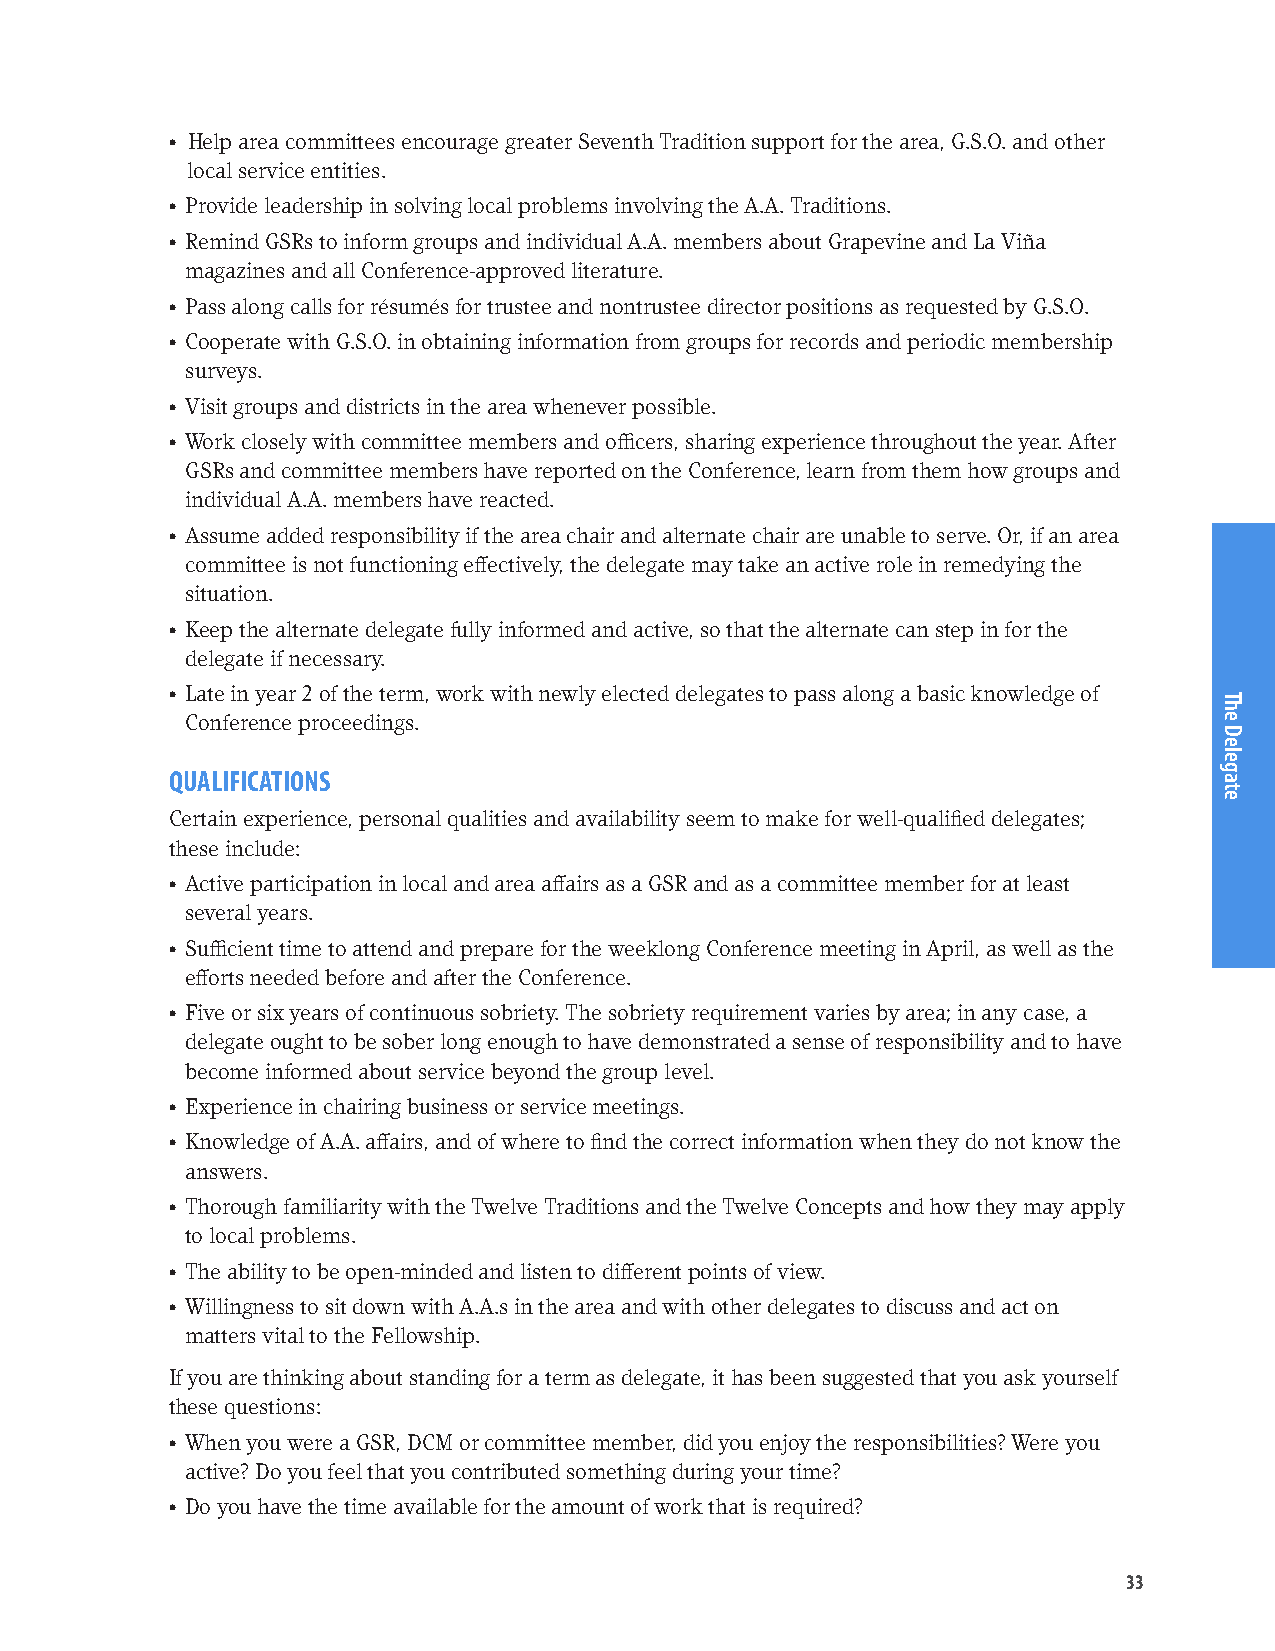
• Help area committees encourage greater Seventh Tradition support for the area, G.S.O. and other
 local service entities.
 • Provide leadership in solving local problems involving the A.A. Traditions.
 • Remind GSRs to inform groups and individual A.A. members about Grapevine and La Viña
 magazines and all Conference-approved literature.
 • Pass along calls for résumés for trustee and nontrustee director positions as requested by G.S.O.
 • Cooperate with G.S.O. in obtaining information from groups for records and periodic membership
 surveys.
 • Visit groups and districts in the area whenever possible.
 • Work closely with committee members and officers, sharing experience throughout the year. After
 GSRs and committee members have reported on the Conference, learn from them how groups and
 individual A.A. members have reacted.
 • Assume added responsibility if the area chair and alternate chair are unable to serve. Or, if an area
 committee is not functioning effectively, the delegate may take an active role in remedying the
 situation.
 • Keep the alternate delegate fully informed and active, so that the alternate can step in for the
 delegate if necessary.
 • Late in year 2 of the term, work with newly elected delegates to pass along a basic knowledge of
 Conference proceedings.
 QUALIFICATIONS
 Certain experience, personal qualities and availability seem to make for well-qualified delegates;
 these include:
 • Active participation in local and area affairs as a GSR and as a committee member for at least
 several years.
 • Sufficient time to attend and prepare for the weeklong Conference meeting in April, as well as the
 efforts needed before and after the Conference.
 • Five or six years of continuous sobriety. The sobriety requirement varies by area; in any case, a
 delegate ought to be sober long enough to have demonstrated a sense of responsibility and to have
 become informed about service beyond the group level.
 • Experience in chairing business or service meetings.
 • Knowledge of A.A. affairs, and of where to find the correct information when they do not know the
 answers.
 • Thorough familiarity with the Twelve Traditions and the Twelve Concepts and how they may apply
 to local problems.
 • The ability to be open-minded and listen to different points of view.
 • Willingness to sit down with A.A.s in the area and with other delegates to discuss and act on
 matters vital to the Fellowship.
 If you are thinking about standing for a term as delegate, it has been suggested that you ask yourself
 these questions:
 • When you were a GSR, DCM or committee member, did you enjoy the responsibilities? Were you
 active? Do you feel that you contributed something during your time?
 • Do you have the time available for the amount of work that is required?
 33
 The
 Delegate